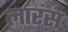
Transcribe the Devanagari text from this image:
लारंस